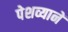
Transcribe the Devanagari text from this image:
पेशव्यानें